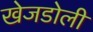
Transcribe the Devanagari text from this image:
खेजडोली